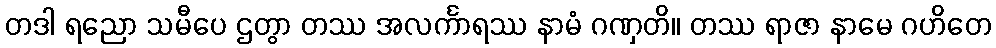
တဒါ ရညော သမီပေ ဌတွာ တဿ အလင်္ကာရဿ နာမံ ဂဏှတိ။ တဿ ရာဇာ နာမေ ဂဟိတေ